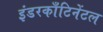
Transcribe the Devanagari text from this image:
इंडरकाँटिनेंटल